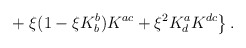
\begin{align*}\;\;\;\;\; + \left. \xi (1-\xi K^{b}_{b}) K^{ac} + \xi^2K^{a}_{d} K^{dc} \right\}.\end{align*}